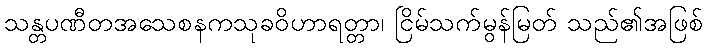
သန္တပဏီတအသေစနကသုခဝိဟာရတ္တာ၊ ငြိမ်သက်မွန်မြတ် သည်၏အဖြစ်